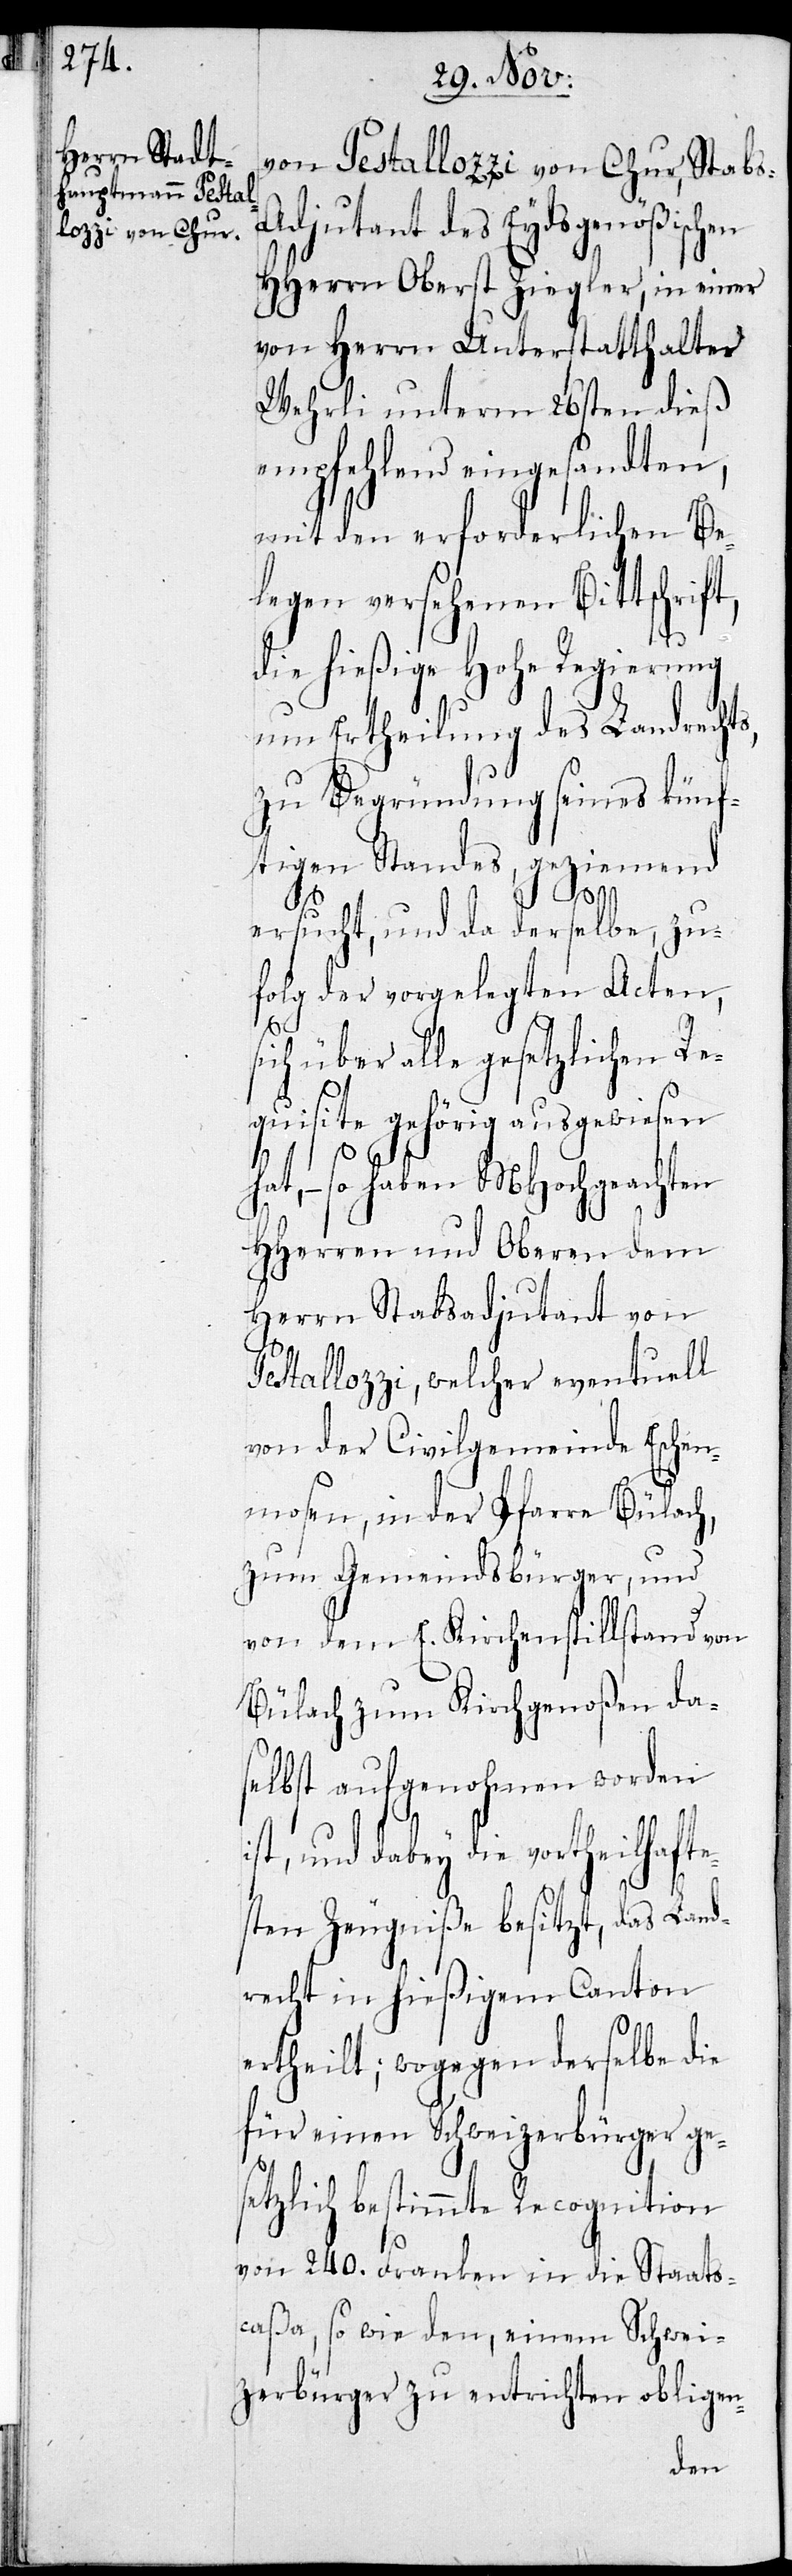
von Pestallozzi von Chur, Stabs-A¬
djutant des Eydsgenößischen
HHerrn Oberst Ziegler, in einer
von Herrn Unterstatthalter
Wehrli unterm 26sten dieß
empfehlend eingesandten,
mit den erforderlichen Be¬
legen versehenen Bittschrif¬
die hießige Hohe Regierung
um Ertheilung des Landrechts,
zu Begründung seines künf¬
tigen Standes, geziemend
ersucht, und da derselbe zu¬
folg der vorgelegten Acten,
t,
sich über alle gesetzlichen Re¬
quisite gehörig ausgewiesen
hat, – so haben MHochgeachten
HHerren und Oberen dem
Herrn Stabsadjutant von
Pestallozzi, welcher eventuell
von der Civilgemeinde Eschen¬
mosen, in der Pfarre Bülach,
zum Gemeindsbürger, und
von dem E. Kirchenstillstand von
Bülach zum Kirchgenoßen da¬
selbst aufgenohem worden
ist, und dabey die vortheilhafte¬
sten Zeugniße besitzt, das Land¬
recht in hießigem Canton
ertheilt; wogegen derselbe die
für einen Schweizerbürger ges¬
etzlich bestimmte Recognition
von 240. Franken in die Staats¬
caßa, so wie den, einem Schwei¬
zerbürger zu entrichten obligen-